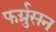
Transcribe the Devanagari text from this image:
फर्ग्रुसन